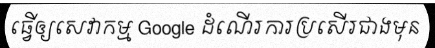
ធ្វើឲ្យសេវាកម្ម Google ដំណើរការប្រសើរជាងមុន